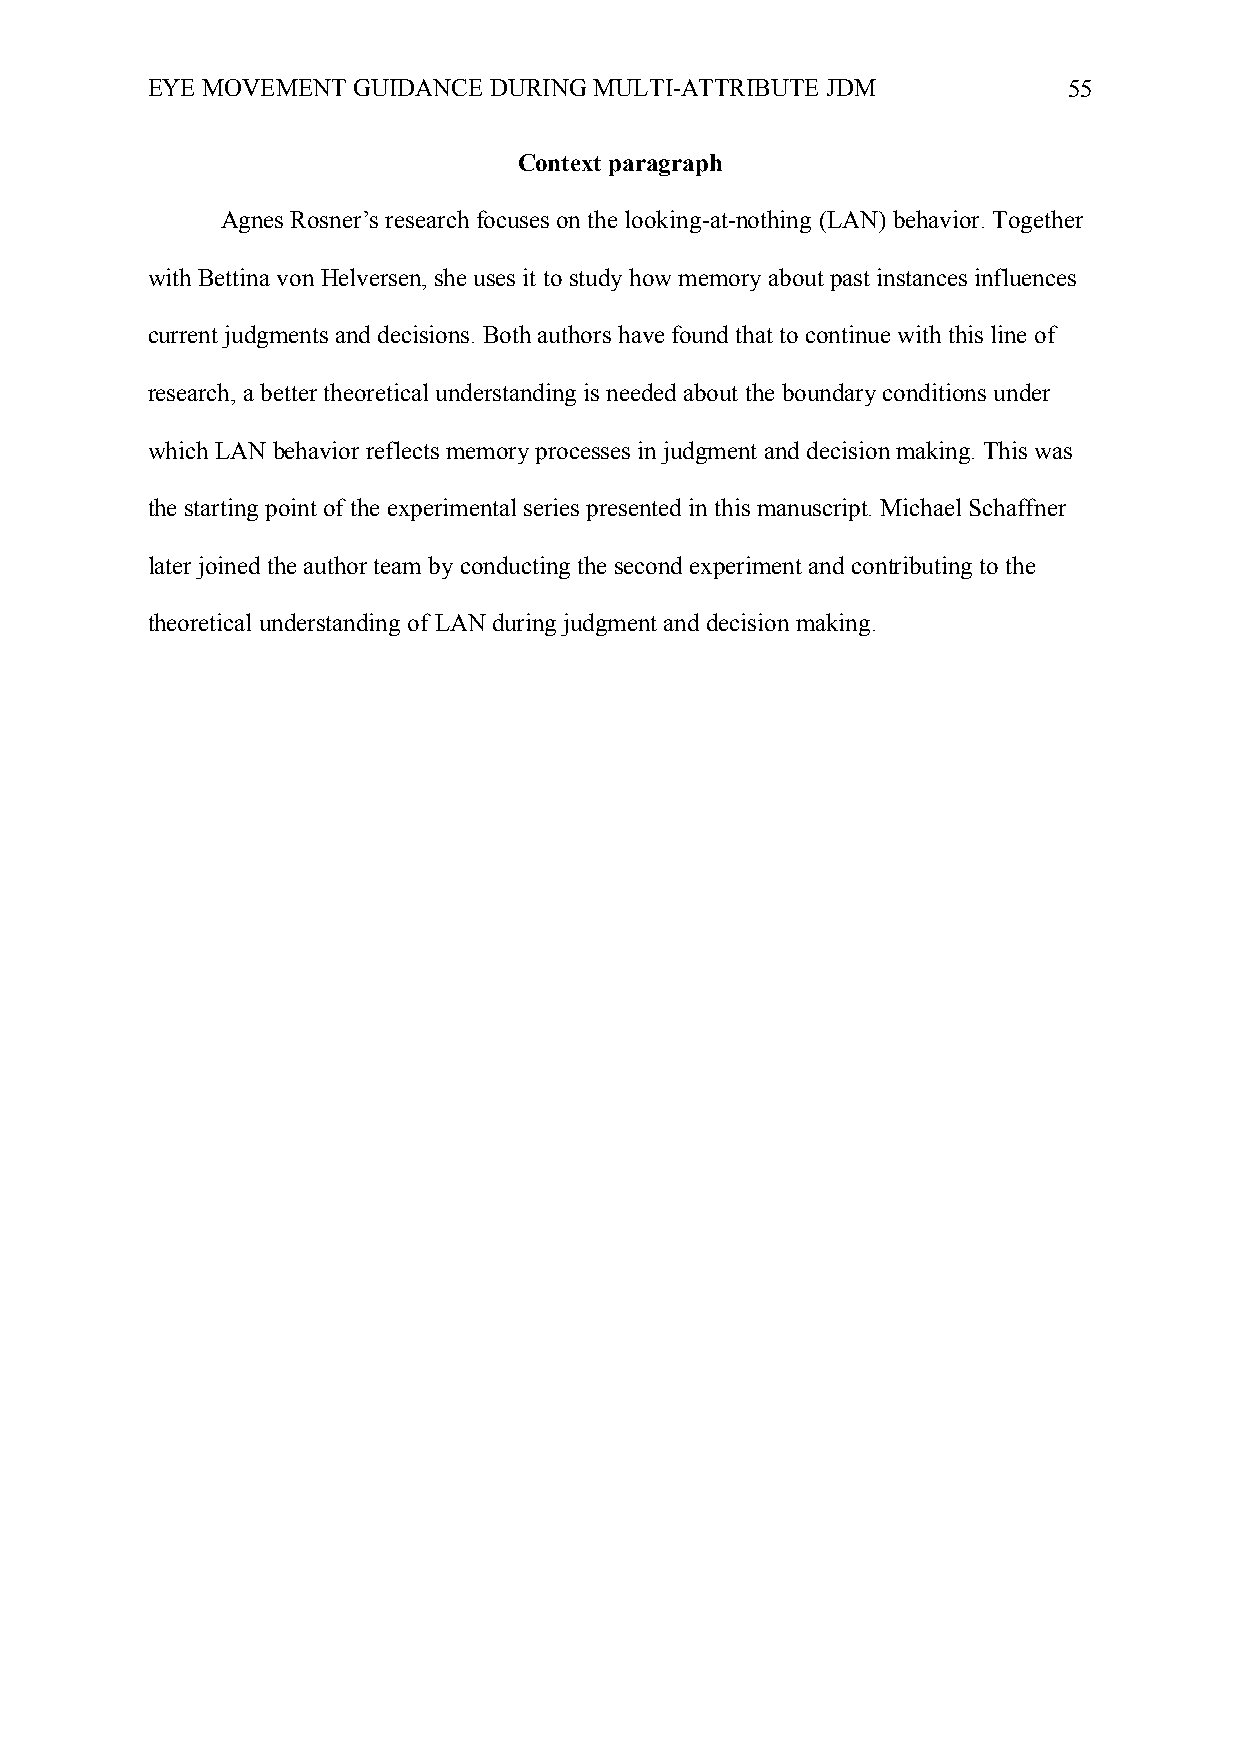
EYE MOVEMENT GUIDANCE DURING MULTI-ATTRIBUTE JDM             55
 Context paragraph
 Agnes Rosner’s research focuses on the looking-at-nothing (LAN) behavior. Together
 with Bettina von Helversen, she uses it to study how memory about past instances influences
 current judgments and decisions. Both authors have found that to continue with this line of
 research, a better theoretical understanding is needed about the boundary conditions under
 which LAN behavior reflects memory processes in judgment and decision making. This was
 the starting point of the experimental series presented in this manuscript. Michael Schaffner
 later joined the author team by conducting the second experiment and contributing to the
 theoretical understanding of LAN during judgment and decision making.